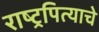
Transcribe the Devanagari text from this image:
राष्ट्रपित्याचे